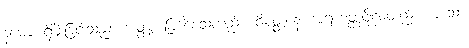
နမော၊ ရှိခိုးခြင်းသည်။ အတ္ထု၊ ဖြစ်စေသတည်း။ ဝိမုတ္တာနံ၊ အရဟတ္တဖိုလ်တည်း ဟူသော